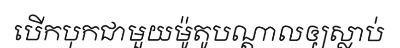
បើកបុកជាមួយម៉ូតូបណ្តាលឲ្យស្លាប់